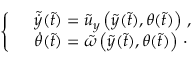
\begin{array} { r } { \left\{ \begin{array} { l l } & { \tilde { \dot { y } } ( \tilde { t } ) = \tilde { u } _ { y } \left( \tilde { y } ( \tilde { t } ) , \theta ( \tilde { t } ) \right) \, , } \\ & { \dot { \theta } ( \tilde { t } ) = \tilde { \omega } \left( \tilde { y } ( \tilde { t } ) , \theta ( \tilde { t } ) \right) \, \cdot } \end{array} \right. } \end{array}